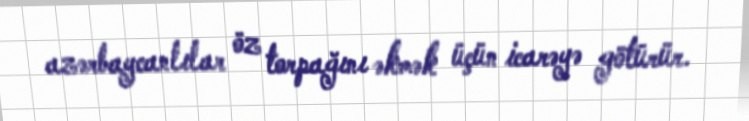
azərbaycanlılar öz torpağını əkmək üçün icarəyə götürür.